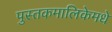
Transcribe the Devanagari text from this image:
पुस्तकमालिकेमधे